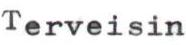
Terveisin